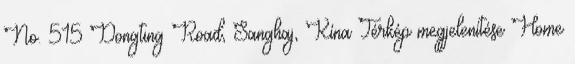
No. 515 Dongting Road, Sanghaj, Kína Térkép megjelenítése Home